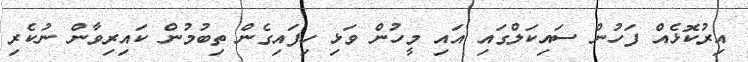
އިރުކޮޅެއް ފަހުން ސައިކަލްގައި އައި މީހުން ވަޅި ހިފައިގެން ތިބުމުން ކައިރިވާން ނުކެރި